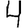
Digit: 4